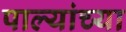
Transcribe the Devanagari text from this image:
पाल्यांच्या